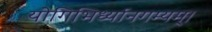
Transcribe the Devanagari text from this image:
योगिभिर्ध्यानगम्यम्।